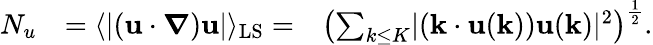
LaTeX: \begin{array}{rlr}{N_{u}}&{=\langle\lvert\left(\mathbf{u}\cdot\boldsymbol{\nabla}\right)\mathbf{u}\rvert\rangle_{\mathrm{LS}}=}&{\left(\sum_{k\leq{K}}\lvert\left(\mathbf{k}\cdot\mathbf{u}(\mathbf{k})\right)\mathbf{u}(\mathbf{k})\rvert^{2}\right)^{\frac{1}{2}}.}\end{array}